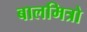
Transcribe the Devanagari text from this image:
बालमित्रो